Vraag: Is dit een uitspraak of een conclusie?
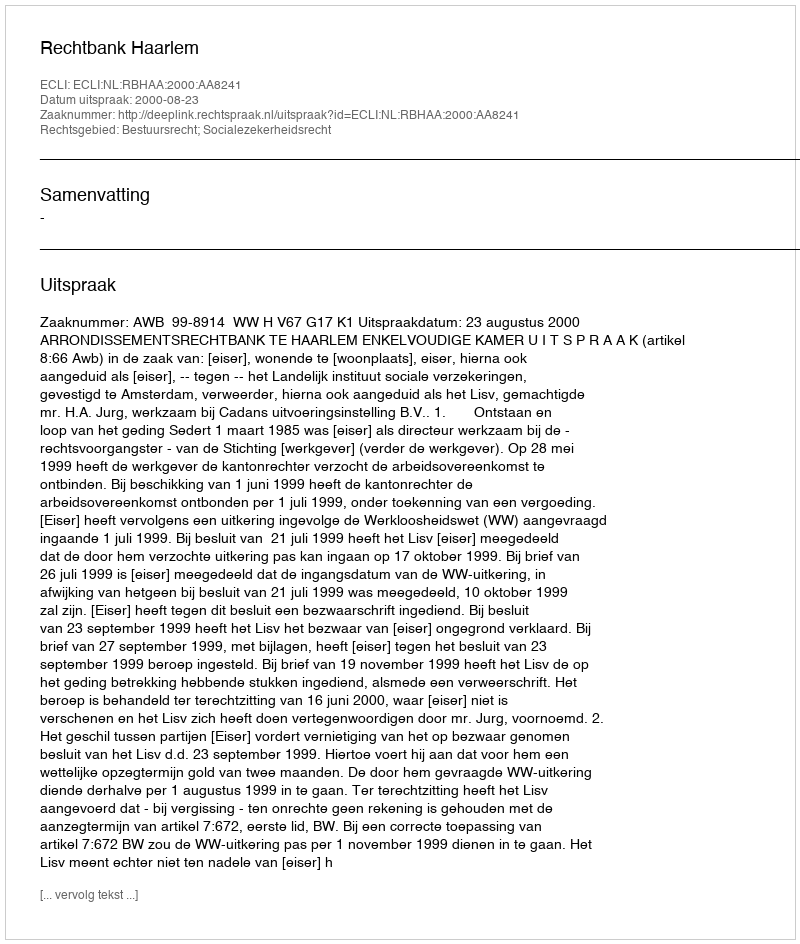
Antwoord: Uitspraak